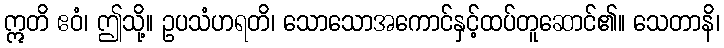
ဣတိ ဧဝံ၊ ဤသို့။ ဥပသံဟရတိ၊ သောသောအကောင်နှင့်ထပ်တူဆောင်၏။ သေတာနိ၊